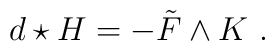
d\star H = -\tilde F \wedge K\ .